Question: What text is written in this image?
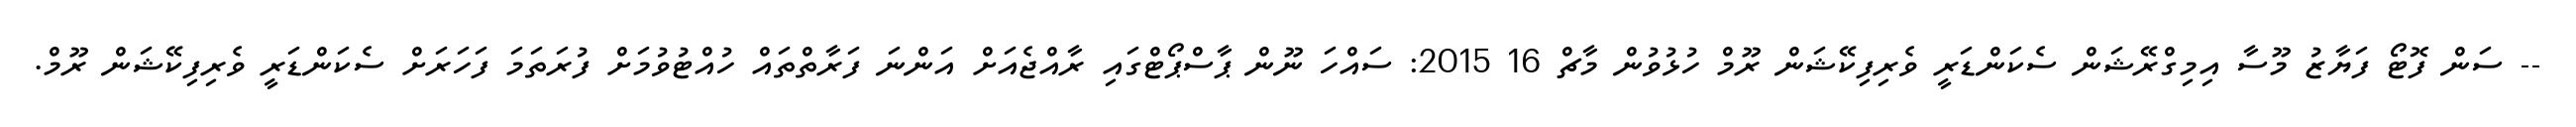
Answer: -- ސަން ފޮޓޯ ފަޔާޒު މޫސާ އިމިގްރޭޝަން ސެކަންޑަރީ ވެރިފިކޭޝަން ރޫމް ހުޅުވުން މާޗް 16 2015: ސައްހަ ނޫން ޕާސްޕޯޓްގައި ރާއްޖެއަށް އަންނަ ފަރާތްތައް ހުއްޓުވުމަށް ފުރަތަމަ ފަހަރަށް ސެކަންޑަރީ ވެރިފިކޭޝަން ރޫމް.